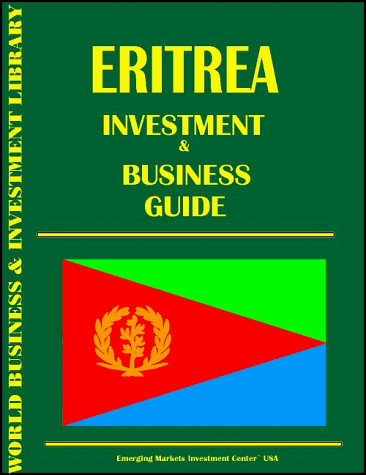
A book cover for Eritrea Investment & Business Guide; Ibp Usa; Travel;